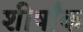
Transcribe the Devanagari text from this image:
शीर्षांक